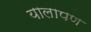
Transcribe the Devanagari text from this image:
यालापण